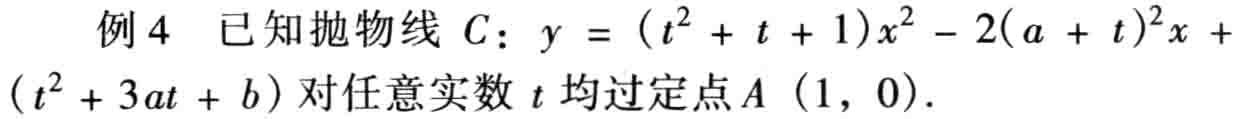
例4 已知抛物线 \(C\)：\(y = (t^{2} + t + 1)x^{2} - 2(a + t)^{2}x + (t^{2} + 3at + b)\)对任意实数 \(t\) 均过定点 \(A\ (1,\ 0)\).